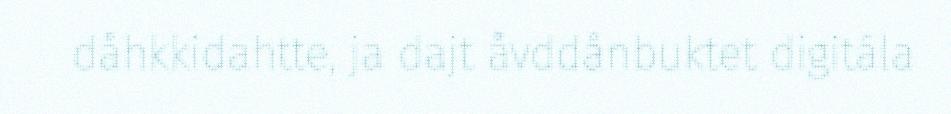
dåhkkidahtte, ja dajt åvddånbuktet digitála